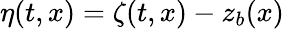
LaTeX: \eta(t,x)=\zeta(t,x)-z_{b}(x)